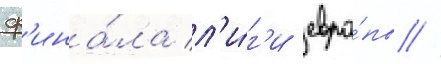
ф'ина́ла л'и́г'и евро́пы //